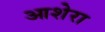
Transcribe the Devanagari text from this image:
आशेरा